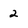
Character: 2